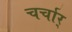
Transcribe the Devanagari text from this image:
चर्चार्